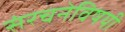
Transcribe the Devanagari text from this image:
संरचनेविषयी